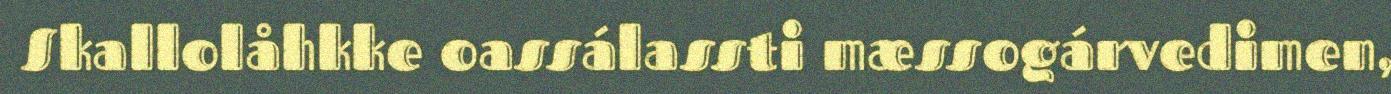
Skallolåhkke oassálassti mæssogárvedimen,